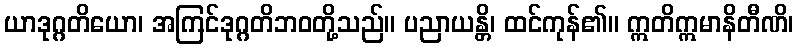
ယာဒုဂ္ဂတိယော၊ အကြင်ဒုဂ္ဂတိဘဝတို့သည်။ ပညာယန္တိ၊ ထင်ကုန်၏။ ဣတိဣမာနိတီဏိ၊